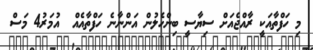
މި ހަފްތާއަކީ ރާއްޖެއަށް ސިޔާސީ ބިންހެލުން އަންނާނެ ހަފްތާއެއް  އުމަރު4 މަސް